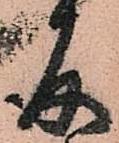
存